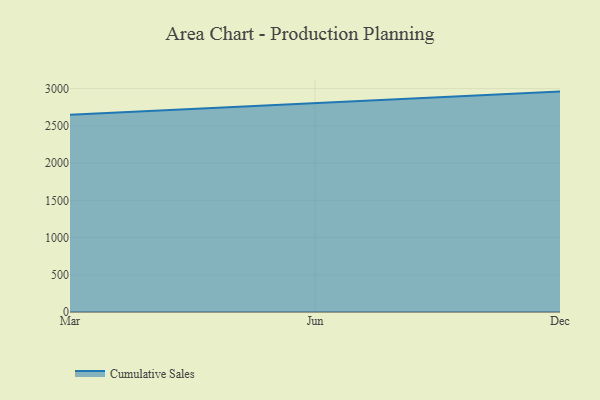
{"axis": {"x": "Month", "y": "Waste Production (Tons)"}, "legend": ["Cumulative Sales"], "data": [{"x": "Mar", "y": 2649.3, "type": "Cumulative Sales"}, {"x": "Jun", "y": 2803.0, "type": "Cumulative Sales"}, {"x": "Dec", "y": 2959.8, "type": "Cumulative Sales"}]}